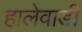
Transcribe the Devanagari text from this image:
हालेवाडी